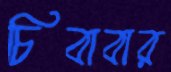
চিবাবার